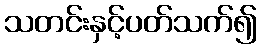
သတင်းနှင့်ပတ်သက်၍